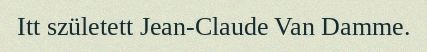
Itt született Jean-Claude Van Damme.